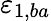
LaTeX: \varepsilon_{1,ba}